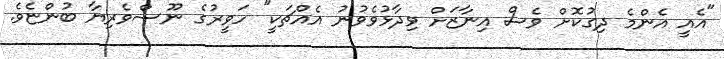
"އެއީ އެންމެ ދިގުކޮށް ވެސް އިނާޒަށް ވިދާޅުވެވުނު އެއްޗަކީ" ހަވީރުގެ ނޫސްވެރިޔާ ބުންޏެވެ.